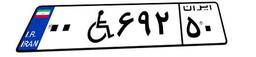
۰۰W۶۹۲۵۰